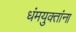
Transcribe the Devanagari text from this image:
धंमयुक्तांना